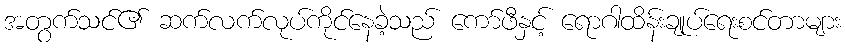
အတွက်သင်၏ ဆက်လက်လုပ်ကိုင်နေခဲ့သည် ကော်ဖီနှင့် ရောဂါထိန်းချုပ်ရေးစင်တာများ